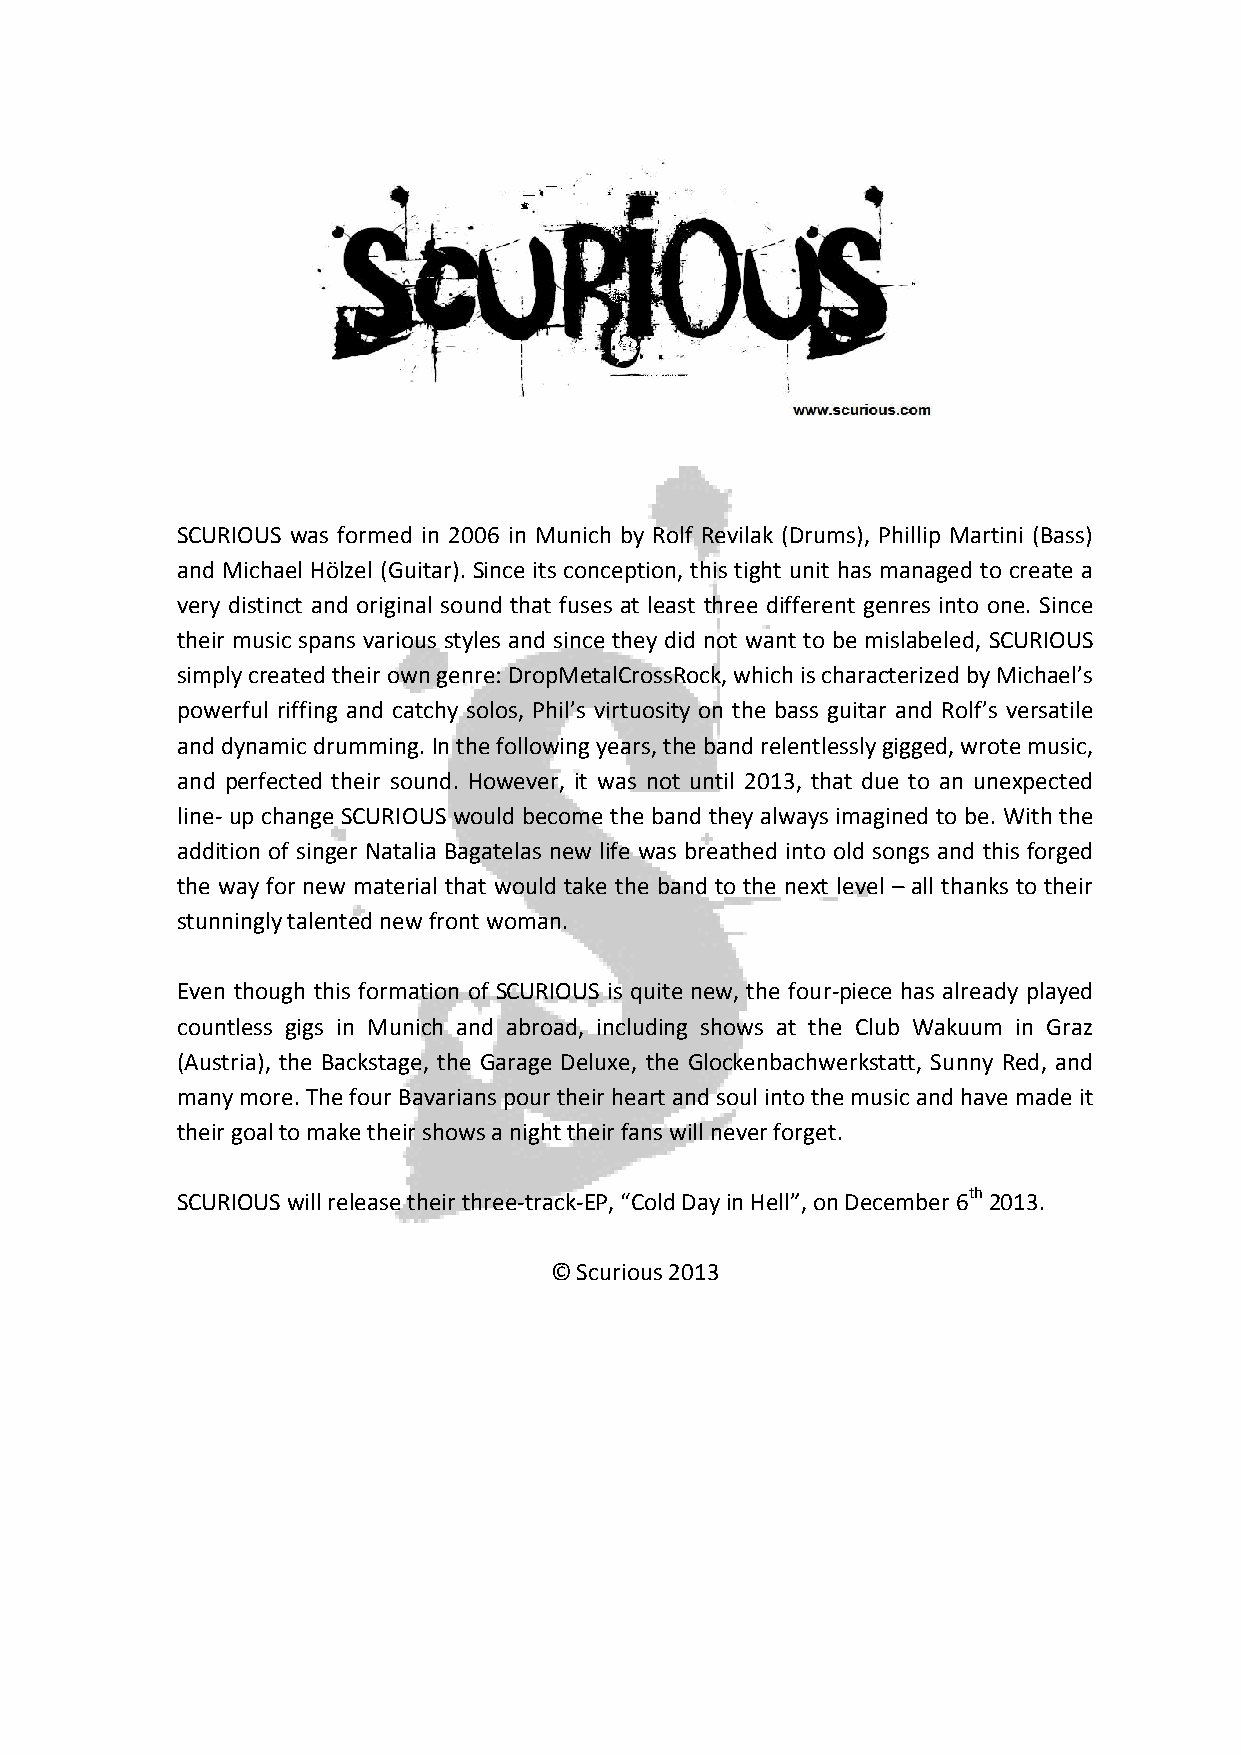
SCURIOUS was formed in 2006 in Munich by Rolf Revilak (Drums), Phillip Martini (Bass)
 and Michael Hölzel (Guitar). Since its conception, this tight unit has managed to create a
 very distinct and original sound that fuses at least three different genres into one. Since
 their music spans various styles and since they did not want to be mislabeled, SCURIOUS
 simply created their own genre: DropMetalCrossRock, which is characterized by Michael’s
 powerful riffing and catchy solos, Phil’s virtuosity on the bass guitar and Rolf’s versatile
 and dynamic drumming. In the following years, the band relentlessly gigged, wrote music,
 and perfected their sound. However, it was not until 2013, that due to an unexpected
 line- up change SCURIOUS would become the band they always imagined to be. With the
 addition of singer Natalia Bagatelas new life was breathed into old songs and this forged
 the way for new material that would take the band to the next level – all thanks to their
 stunningly talented new front woman.
 Even though this formation of SCURIOUS is quite new, the four-piece has already played
 countless gigs in Munich and abroad, including shows at the Club Wakuum in Graz
 (Austria), the Backstage, the Garage Deluxe, the Glockenbachwerkstatt, Sunny Red, and
 many more. The four Bavarians pour their heart and soul into the music and have made it
 their goal to make their shows a night their fans will never forget.
 SCURIOUS will release their three-track-EP, “Cold Day in Hell”, on December 6th 2013.
 © Scurious 2013